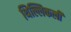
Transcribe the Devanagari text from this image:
थिल्लिकली